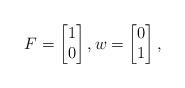
LaTeX: \begin{align*} F=\begin{bmatrix}1\\0\end{bmatrix},w=\begin{bmatrix}0\\1\end{bmatrix}, \end{align*}